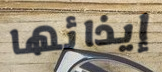
إيذائها